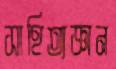
সাহিত্যজ্ঞান